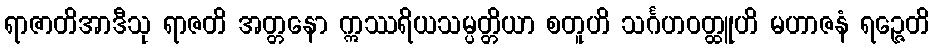
ရာဇာတိအာဒီသု ရာဇတိ အတ္တနော ဣဿရိယသမ္ပတ္တိယာ စတူဟိ သင်္ဂဟဝတ္ထူဟိ မဟာဇနံ ရဉ္ဇေတိ